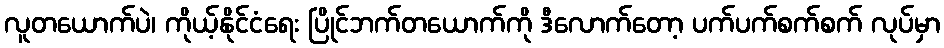
လူတယောက်ပဲ၊ ကိုယ့်နိုင်ငံရေး ပြိုင်ဘက်တယောက်ကို ဒီလောက်တော့ ပက်ပက်စက်စက် လုပ်မှာ